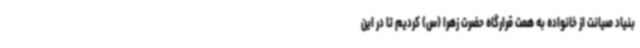
بنیاد صیانت از خانواده به همت قرارگاه حضرت زهرا (س) کردیم تا در این